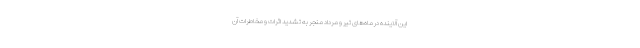
این آلاینده در ماه‌های تیر و مرداد منجر به تشدید اثرات و مخاطرات آن